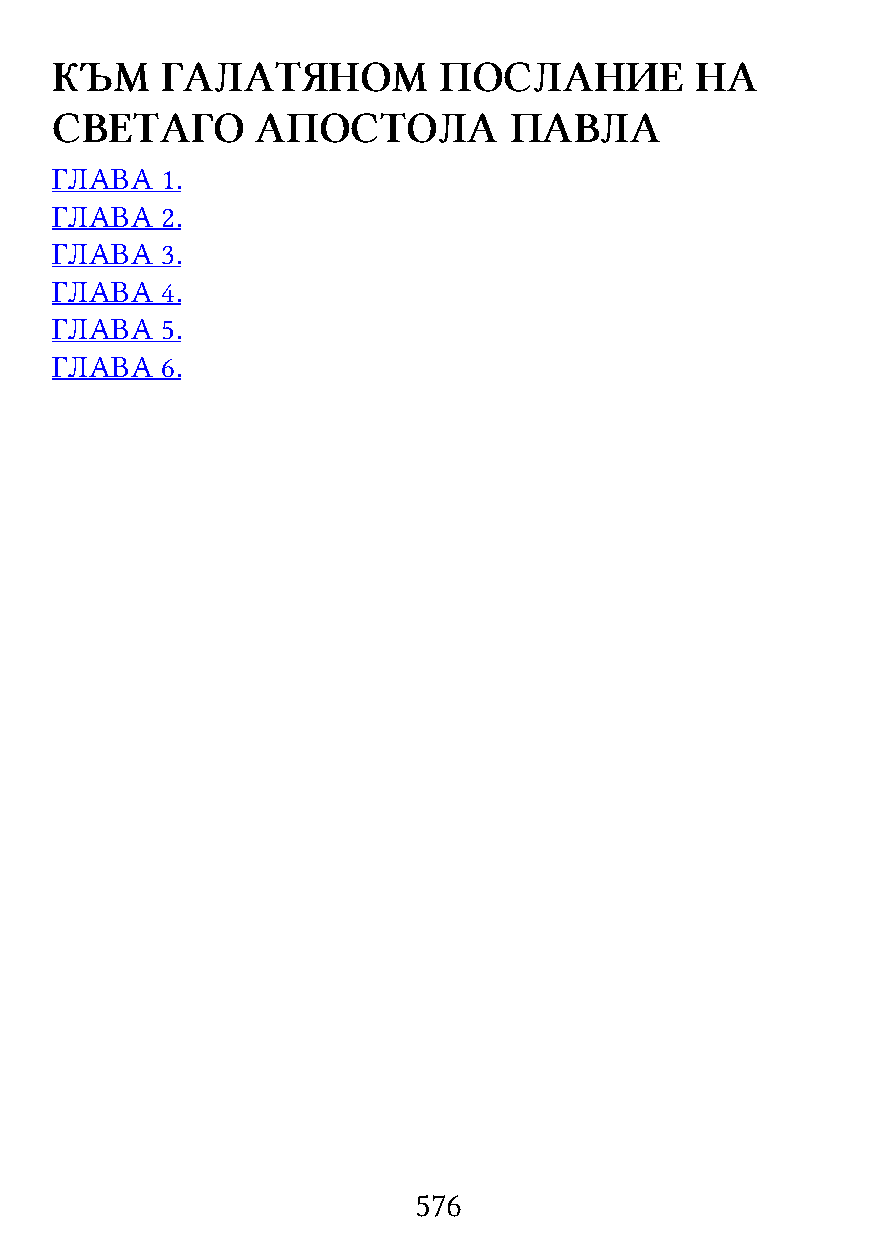
КЪМ     ГАЛАТЯНОМ         ПОСЛАНИЕ         НА
 СВЕТАГО       АПОСТОЛА         ПАВЛА
 ГЛАВА   1.
 ГЛАВА   2.
 ГЛАВА   3.
 ГЛАВА   4.
 ГЛАВА   5.
 ГЛАВА   6.
 576